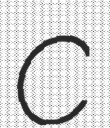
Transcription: C